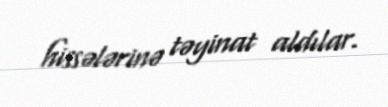
hissələrinə təyinat aldılar.